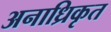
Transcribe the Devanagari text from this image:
अनाध्रिकृत